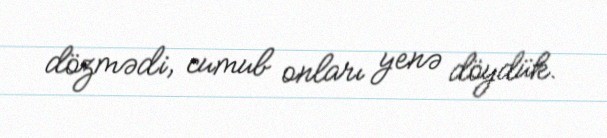
dözmədi, cumub onları yenə döydük.